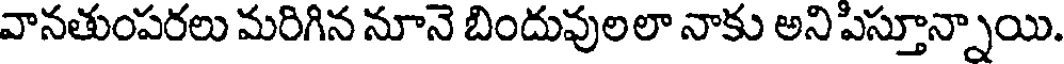
వానతుంపరలు మరిగిన నూనె బిందువులలా నాకు అని పిస్తూన్నాయి.